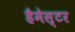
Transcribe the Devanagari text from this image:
हैमेस्टर